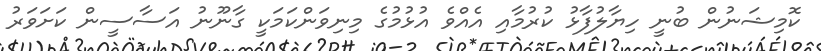
ކޮމިޝަނުން ބުނީ ހިޔާލުފާޅު ކުރުމާއި އެއްވެ އުޅުމުގެ މިނިވަންކަމަކީ ގާނޫނު އަސާސީން ކަށަވަރު